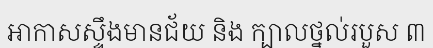
អាកាសស្ទឹងមានជ័យ និង ក្បាលថ្នល់របួស ៣